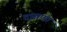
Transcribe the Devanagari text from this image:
दासप्पा